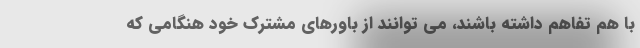
با هم تفاهم داشته باشند، می توانند از باورهای مشترک خود هنگامی که